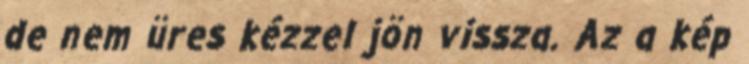
de nem üres kézzel jön vissza. Az a kép